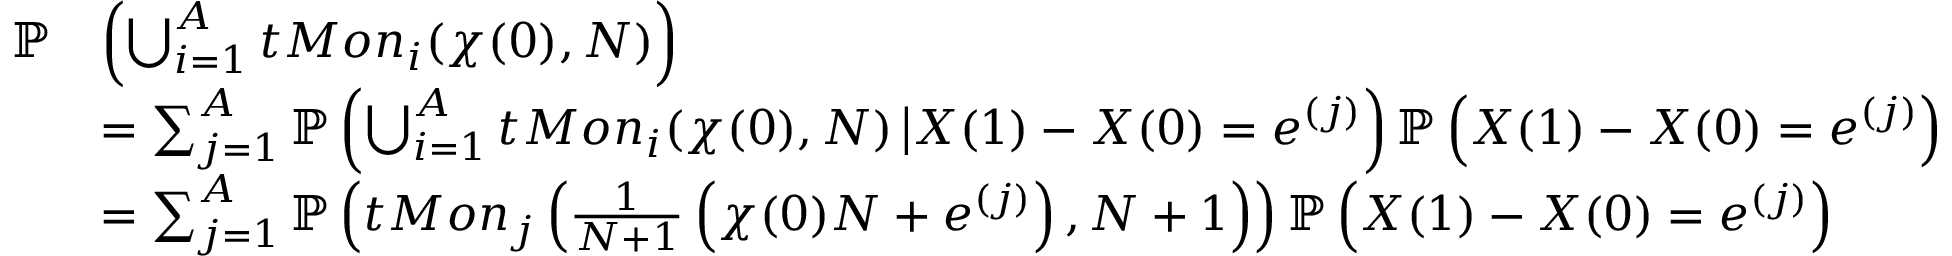
\begin{array} { r l } { \mathbb { P } } & { \left( \bigcup _ { i = 1 } ^ { A } t M o n _ { i } ( \chi ( 0 ) , N ) \right) } \\ & { = \sum _ { j = 1 } ^ { A } \mathbb { P } \left( \bigcup _ { i = 1 } ^ { A } t M o n _ { i } ( \chi ( 0 ) , N ) \, \big | X ( 1 ) - X ( 0 ) = e ^ { ( j ) } \right) \mathbb { P } \left( X ( 1 ) - X ( 0 ) = e ^ { ( j ) } \right) } \\ & { = \sum _ { j = 1 } ^ { A } \mathbb { P } \left( t M o n _ { j } \left( \frac { 1 } { N + 1 } \left( \chi ( 0 ) N + e ^ { ( j ) } \right) , N + 1 \right) \right) \mathbb { P } \left( X ( 1 ) - X ( 0 ) = e ^ { ( j ) } \right) } \end{array}